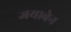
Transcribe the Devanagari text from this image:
जयाबेन